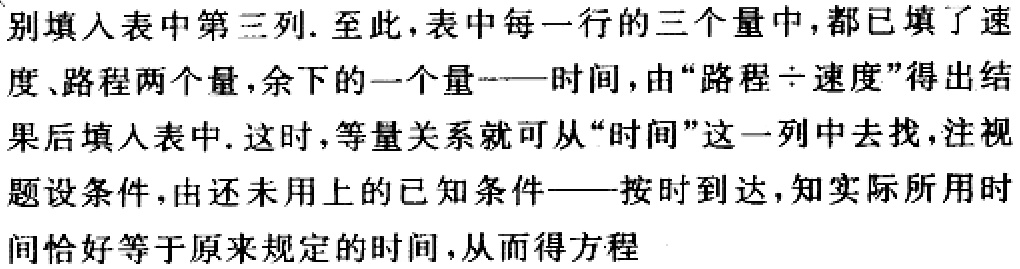
别填入表中第三列. 至此, 表中每一行的三个量中, 都已填了速度、路程两个量, 余下的一个量——时间, 由“路程÷速度”得出结果后填入表中. 这时, 等量关系就可从“时间”这一列中去找, 注视题设条件, 由还未用上的已知条件——按时到达, 知实际所用时间恰好等于原来规定的时间, 从而得方程